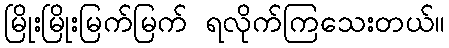
မြိုးမြိုးမြက်မြက် ရလိုက်ကြသေးတယ်။